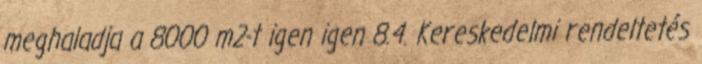
meghaladja a 8000 m2-t igen igen 8.4. Kereskedelmi rendeltetés